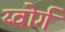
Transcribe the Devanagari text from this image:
य्वोर्ग